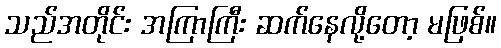
သည်အတိုင်း အကြာကြီး ဆက်နေလို့တော့ မဖြစ်။